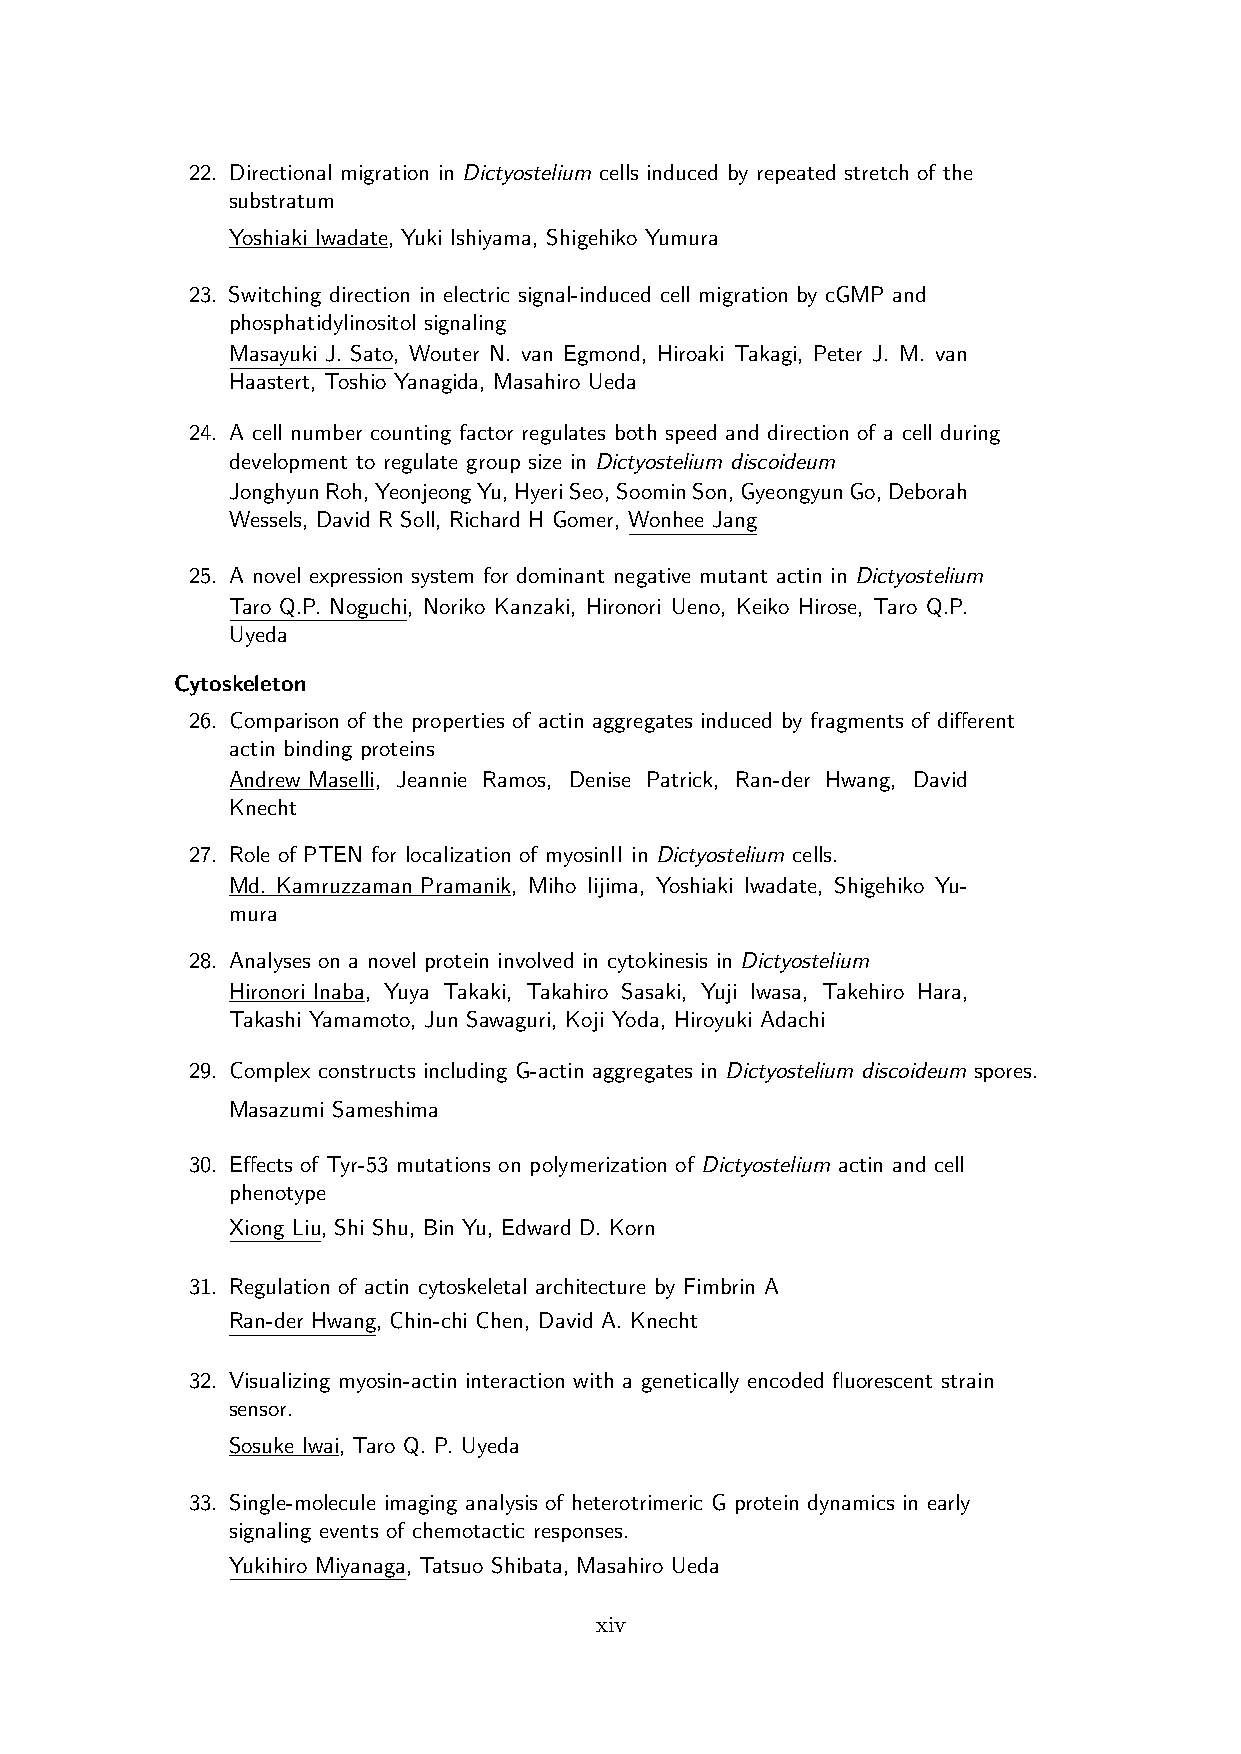
22. Directional migration in Dictyostelium cells induced by repeated stretch of the
 substratum
 Yoshiaki Iwadate, Yuki Ishiyama, Shigehiko Yumura
 23. Switching direction in electric signal-induced cell migration by cGMP and
 phosphatidylinositol signaling
 Masayuki J. Sato, Wouter N. van Egmond, Hiroaki Takagi, Peter J. M. van
 Haastert, Toshio Yanagida, Masahiro Ueda
 24. A cell number counting factor regulates both speed and direction of a cell during
 development to regulate group size in Dictyostelium discoideum
 JonghyunRoh,YeonjeongYu,HyeriSeo,SoominSon,GyeongyunGo,Deborah
 Wessels, David R Soll, Richard H Gomer, Wonhee Jang
 25. A novel expression system for dominant negative mutant actin in Dictyostelium
 Taro Q.P. Noguchi, Noriko Kanzaki, Hironori Ueno, Keiko Hirose, Taro Q.P.
 Uyeda
 Cytoskeleton
 26. Comparison of the properties of actin aggregates induced by fragments of different
 actin binding proteins
 Andrew Maselli, Jeannie Ramos, Denise Patrick, Ran-der Hwang, David
 Knecht
 27. Role of PTEN for localization of myosinII in Dictyostelium cells.
 Md. Kamruzzaman Pramanik, Miho Iijima, Yoshiaki Iwadate, Shigehiko Yu-
 mura
 28. Analyses on a novel protein involved in cytokinesis in Dictyostelium
 Hironori Inaba, Yuya Takaki, Takahiro Sasaki, Yuji Iwasa, Takehiro Hara,
 Takashi Yamamoto, Jun Sawaguri, Koji Yoda, Hiroyuki Adachi
 29. Complex constructs including G-actin aggregates in Dictyostelium discoideum spores.
 Masazumi Sameshima
 30. Effects of Tyr-53 mutations on polymerization of Dictyostelium actin and cell
 phenotype
 Xiong Liu, Shi Shu, Bin Yu, Edward D. Korn
 31. Regulation of actin cytoskeletal architecture by Fimbrin A
 Ran-der Hwang, Chin-chi Chen, David A. Knecht
 32. Visualizing myosin-actin interaction with a genetically encoded fluorescent strain
 sensor.
 Sosuke Iwai, Taro Q. P. Uyeda
 33. Single-molecule imaging analysis of heterotrimeric G protein dynamics in early
 signaling events of chemotactic responses.
 Yukihiro Miyanaga, Tatsuo Shibata, Masahiro Ueda
 xiv